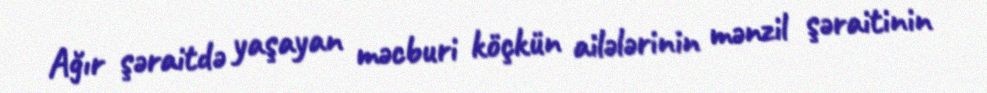
Ağır şəraitdə yaşayan məcburi köçkün ailələrinin mənzil şəraitinin